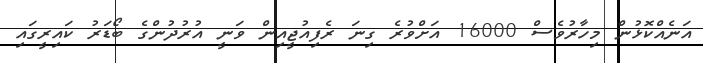
އަނެއްކޮޅުން މިހާރުވެސް 16000 އަށްވުރެ ގިނަ ރެފިއުޖީއިން ވަނީ އުރުދުންގެ ބޯޑަރު ކައިރީގައި